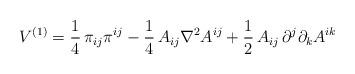
LaTeX: \begin{align*}V^{(1)}=\frac{1}{4}\,\pi_{ij}\pi^{ij}-\frac{1}{4}\,A_{ij}\nabla^2A^{ij}+\frac{1}{2}\,A_{ij}\,\partial^j\partial_kA^{ik}\end{align*}